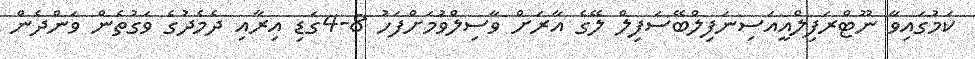
ކަމުގައިވާ ނޫޓްރަފިލްއީއަސިނަފިލްބޭސަފިލް ލޭގެ އާރަށް ވާސިލްވުމަށްފަހު 8-4ގަޑި އިރާއި ދެމެދުގެ ވަގުތެން ވަންދެން